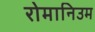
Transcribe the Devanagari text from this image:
रोमानिउम